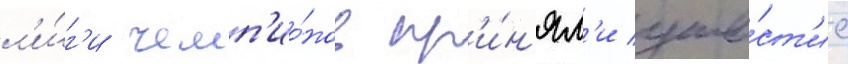
л'и́г'и чемп'ио́нов пр'и́н'ял'и уча́ст'ие